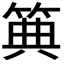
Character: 𥮏